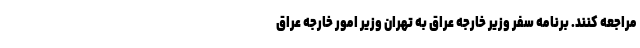
مراجعه کنند. برنامه سفر وزیر خارجه عراق به تهران وزیر امور خارجه عراق